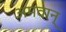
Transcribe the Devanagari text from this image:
अमवान्